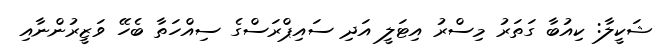
ޝަކީލާ: ކިއުބާ ގަތަރު މިސްރު އިޓަލީ އަދި ސައިޕްރަސްގެ ސިއްހަތާ ބެހޭ ވަޒީރުންނާއި